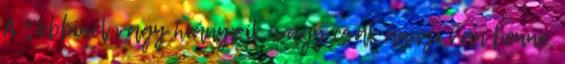
A többinél vagy hiányzik, vagy csak annyi van benne,